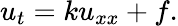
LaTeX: u_{t}=ku_{xx}+f.